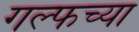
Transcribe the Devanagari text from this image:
गल्फच्या